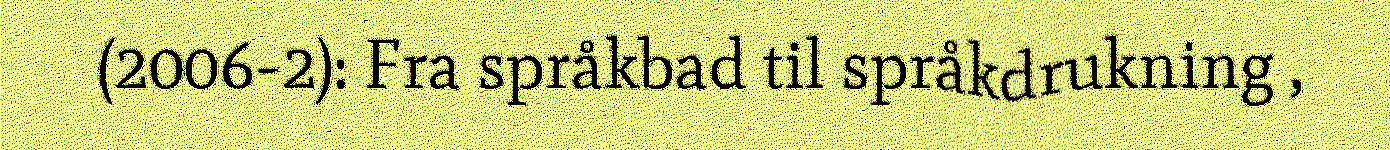
(2006-2): Fra språkbad til språkdrukning ,